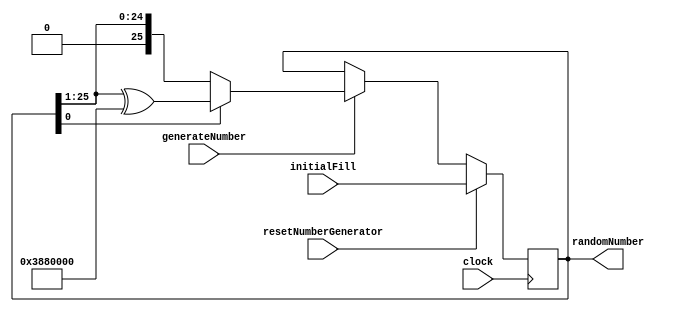


//The linearFeedbackShiftRegister26bit, which is used to generate pseudo-random numbers.
//Note: this code is based heavily on the following source: https://zipcpu.com/dsp/2017/10/27/lfsr.html
module linearFeedbackShiftRegister26bit(input [25:0] initialFill, 
													 input resetNumberGenerator, generateNumber, clock,
													 output reg [25:0] randomNumber);
													 

	//The taps (1's in the bit-string) used to make the LFSR cycle through all values.
	//Value determined from : http://courses.cse.tamu.edu/walker/csce680/lfsr_table.pdf
	parameter taps = 26'b11100010000000000000000000;
	
	always@(posedge clock)
	begin
		
		//On a generator reset, the value in the reg is set to the initial fill value.
		if (resetNumberGenerator == 1)
			randomNumber <= initialFill;
		else
		begin
		
			//This will only run if generateNumber is set to true.
			if (generateNumber == 1)
			begin
			
				//The bits of ranmdomNumber are shifted to the right.
				//Depending on the LSB of the current number, different behaviour is followed.
				//If the LSB is 1, the randomNumber value is XOR'ed (added) to the taps.
				//Otherwise, nothing happens. This essentially implements the multiply in the LFSM.
				if (randomNumber[0] == 1'b1)
					randomNumber <= {1'b0, randomNumber[25:1]} ^ taps;
				else
					randomNumber <= {1'b0, randomNumber[25:1]};
			end
			else
				randomNumber <= randomNumber;
		end
	end
	
endmodule